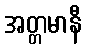
အတ္တမာနီ